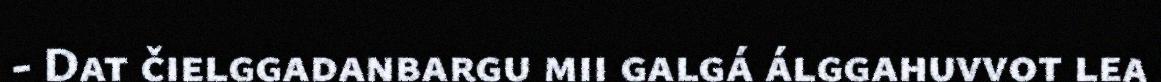
- Dat čielggadanbargu mii galgá álggahuvvot lea